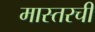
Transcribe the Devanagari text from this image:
मास्तरची